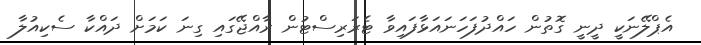
އެޕްލޭނަކީ ދީނީ ގޮތުން ހައްދުފަހަނައަޅާފައިވާ ޓެރަރިސްޓުން ރާއްޖޭގައި ގިނަ ކަމަށް ދައްކާ ސެކިއުލާ